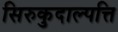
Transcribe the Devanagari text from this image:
सिरुकुदाल्पत्ति